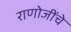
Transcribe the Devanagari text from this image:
राणोजींचे